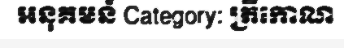
អនុគមន៍ Category: ត្រីកោណ